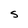
Character: S